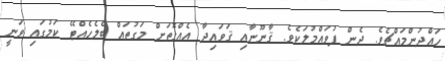
ހައްދުންމައްޗެވެ. ދެން ފުވައްމުލަކެވެ. ޤާނޫނާއި ޤަވައިދާ އެއްގޮތަށް މަގުތައް ބެލެހެއްޓޭ ކަމުގައި ވަނީ